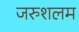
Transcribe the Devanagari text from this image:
जरुशलम